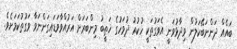
ބައެއް ދަންނަބޭކަލުން ވިދާޅުވަނީ އެވަގުތަކީ ހުކުރު ދުވަހުގެ ޚަޠީބު މިންބަރަށް އަރުއްވާވަޑައިގަންނަވާ ވަގުތުކަމަށެވެ.